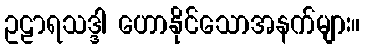
ဥဠာရသဒ္ဒါ ဟောနိုင်သောအနက်များ။